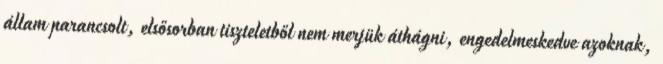
állam parancsolt, elsősorban tiszteletből nem merjük áthágni, engedelmeskedve azoknak,